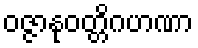
ဝဇ္ဇာနုဝတ္တိဂဟဏာ